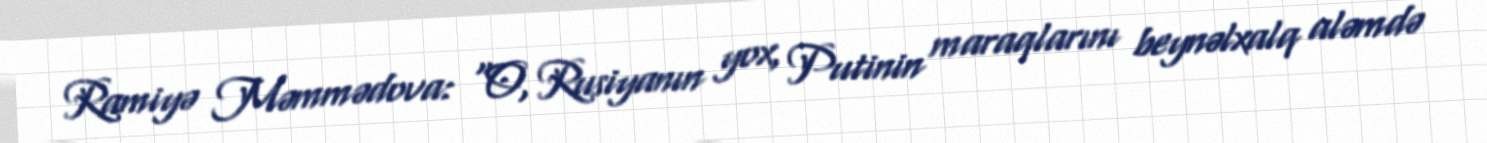
Ramiyə Məmmədova: “O, Rusiyanın yox, Putinin maraqlarını beynəlxalq aləmdə